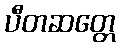
ပီတဆတ္တေ